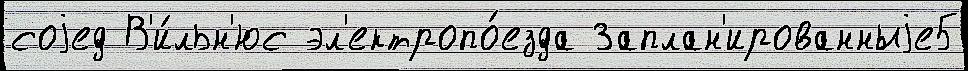
соjед В'и́льн'юс эл'ектропо́езда Заплан'ированныjе5